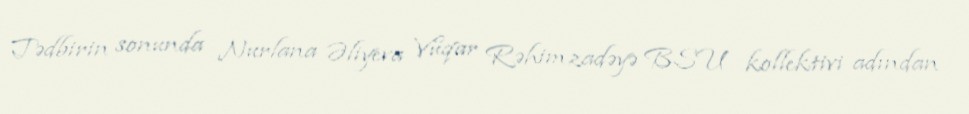
Tədbirin sonunda Nurlana Əliyeva Vüqar Rəhimzadəyə BSU kollektivi adından